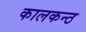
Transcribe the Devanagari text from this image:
कालकन्ठ